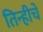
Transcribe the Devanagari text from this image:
तिन्हीचे